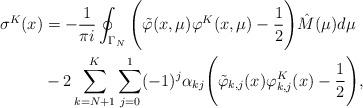
LaTeX: \begin{align*} \sigma^K(x) &= -\frac{1}{\pi i}\oint_{\Gamma_N} {\Bigg(\tilde \varphi(x, \mu)\varphi^K(x, \mu)-\frac{1}{2}\Bigg)\hat M(\mu)}d\mu \\ & - 2 \sum_{k=N+1}^{K} \sum_{j=0}^1 (-1)^j\alpha_{kj}\Bigg(\tilde \varphi_{k,j}(x)\varphi^K_{k,j}(x) - \frac{1}{2}\Bigg),\end{align*}